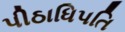
પીઠાધિપતિ